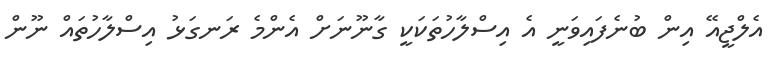
އެލްޖީއޭ އިން ބުނެފައިވަނީ އެ އިސްލާހުތަކަކީ ގާނޫނަށް އެންމެ ރަނގަޅު އިސްލާހުތައް ނޫން